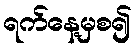
ရက်နေ့မှစ၍